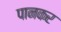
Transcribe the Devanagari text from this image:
पानकर